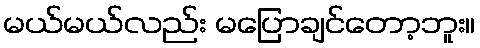
မယ်မယ်လည်း မပြောချင်တော့ဘူး။